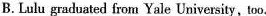
B.Lulu graduated from Yale University,too.